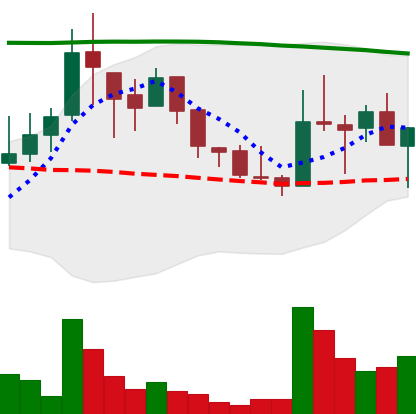
Ticker: LINK-USD
Chart end date: 2018-08-14
Forward return: 11.166%
Label: up_7plus